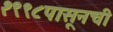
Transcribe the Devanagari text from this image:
१९९८पासूनची